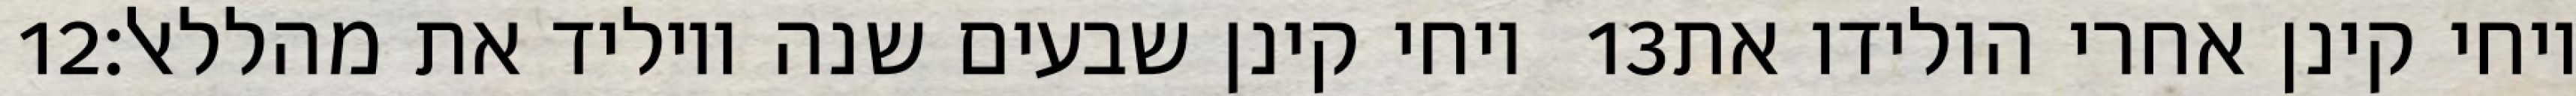
‎12‏ ויחי קינן שבעים שנה ויוליד את מהללאל׃ ‎13‏ ויחי קינן אחרי הולידו את